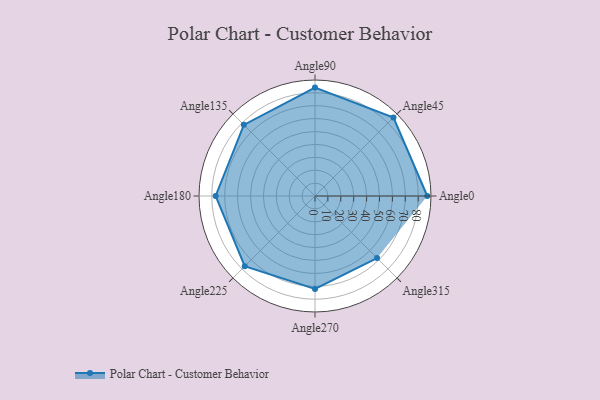
{"axis": {"x": "Angle", "y": "Radius"}, "legend": [""], "data": [{"x": "Angle0", "y": 87.0, "type": ""}, {"x": "Angle45", "y": 86.0, "type": ""}, {"x": "Angle90", "y": 84.0, "type": ""}, {"x": "Angle135", "y": 78.0, "type": ""}, {"x": "Angle180", "y": 77.0, "type": ""}, {"x": "Angle225", "y": 77.0, "type": ""}, {"x": "Angle270", "y": 72.0, "type": ""}, {"x": "Angle315", "y": 68.0, "type": ""}]}